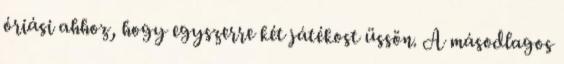
óriási ahhoz, hogy egyszerre két játékost üssön. A másodlagos